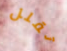
تقلل